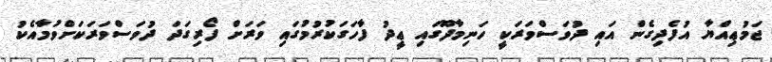
ޖަމުޢިއްޔާ އުފެދިގެން އައި ދުވަސްވަރަކީ ހަނިމާދޫގައި ޢީދު ފާހަގަކުރުމުގައި ވަރަށް ފޯރިގަދަ ދުވަސްވަރަކަށްވުމާއެކު